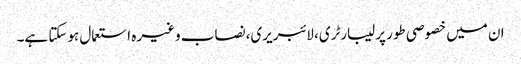
ان میں خصوصی طور پر لیبارٹری، لائبریری،نصاب وغیرہ استعمال ہوسکتا ہے۔